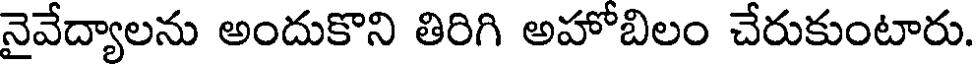
నైవేద్యాలను అందుకొని తిరిగి అహోబిలం చేరుకుంటారు.